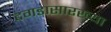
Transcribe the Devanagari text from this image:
दगडासारख्या